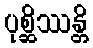
ပုစ္ဆိဿန္တိ